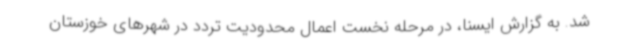
شد. به گزارش ایسنا، در مرحله نخست اعمال محدودیت تردد در شهرهای خوزستان